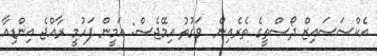
އެކްސަސައިޒް ދޯސްތީގެ ތެރެއިން  ވަގުތު އިމޭޖެސް: އަމީން ފަހުމީ ރާއްޖެ އިންޑިއާ